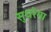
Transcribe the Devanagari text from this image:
सुधरेगा